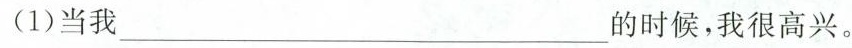
(1)当我___的时候，我很高兴。